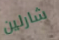
شارلين